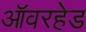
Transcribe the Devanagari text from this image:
ऑवरहेड